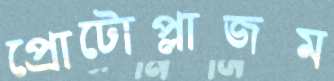
প্রোটোপ্লাজম